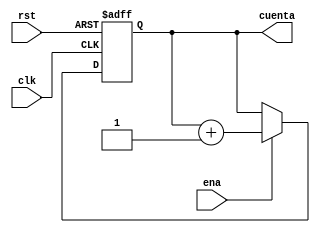
`timescale 1ns / 1ps


module Conta3b(rst, clk, ena, cuenta);

//Contador normal de largo variable, en este caso, 3 bits

parameter LARGO = 3;
input rst, clk, ena;
output reg [LARGO - 1:0]cuenta;

always @(negedge clk, posedge rst)
	if(rst)
		cuenta = 0;
	else if (ena)
		cuenta = cuenta + 1;
	else
		cuenta = cuenta;
	
	
endmodule